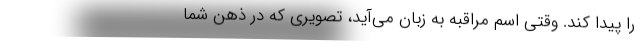
را پیدا کند. وقتی اسم مراقبه به زبان می‌آید، تصویری که در ذهن شما